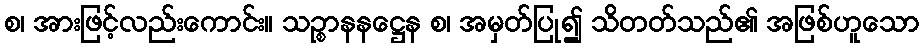
စ၊ အားဖြင့်လည်းကောင်း။ သဉ္စာနနဋ္ဌေန စ၊ အမှတ်ပြု၍ သိတတ်သည်၏ အဖြစ်ဟူသော